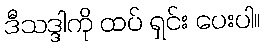
ဒီသဒ္ဒါကို ထပ် ရှင်း ပေးပါ။